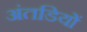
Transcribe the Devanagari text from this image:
अंतडियों